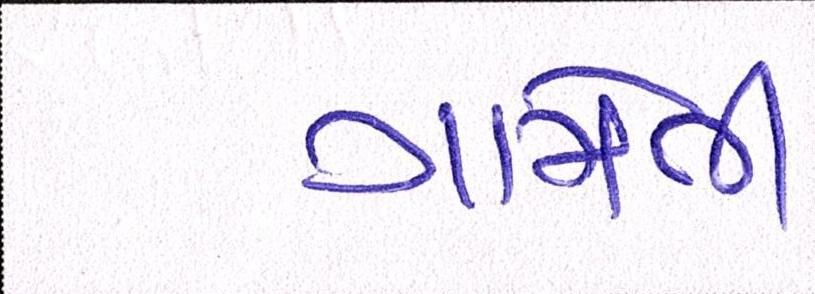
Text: ગામેતી